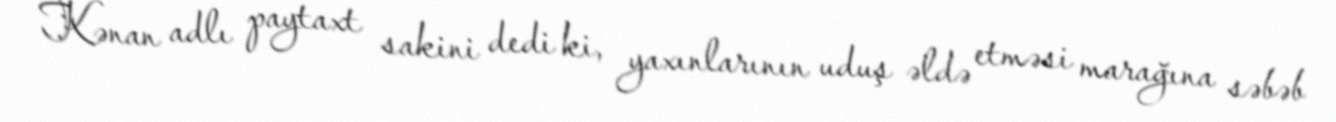
Kənan adlı paytaxt sakini dedi ki, yaxınlarının uduş əldə etməsi marağına səbəb